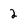
Character: 2